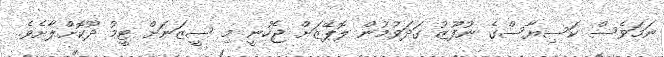
ނަމަވެސް ކަސިޔާސްގެ ނުފޫޒު ގަދަވުމުން ލޮޕޭޒަށް ޖެހުނީ މި ސީޒަނަށް ޓީމު ދޫކޮށްލާށެވެ.